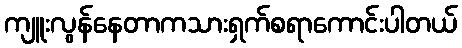
ကျူးလွန်နေတာကသားရှက်စရာကောင်းပါတယ်